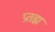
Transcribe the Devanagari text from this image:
प्रतह्म